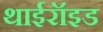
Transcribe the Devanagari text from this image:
थाईरॉइड